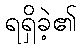
ရရှိခဲ့၏